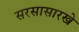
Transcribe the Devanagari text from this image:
सरसासारखे